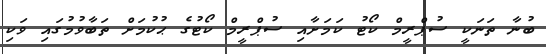
ބުނާ ތަނަކީ ސުޕްރީމް ކޯޓު ކަމަށާއި ސުޕްރީމް ކޯޓުގެ ޙުކުމަށް ތަބާވުމުގައި ވަކި